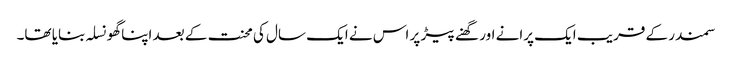
سمندر کے قریب ایک پرانے اور گھنے پیڑ پر اس نے ایک سال کی محنت کے بعد اپنا گھونسلہ بنایا تھا۔